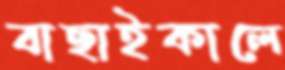
বাছাইকালে